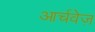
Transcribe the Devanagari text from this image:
आर्चवेज़